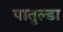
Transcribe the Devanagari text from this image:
पातुल्डा